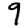
Digit: 9